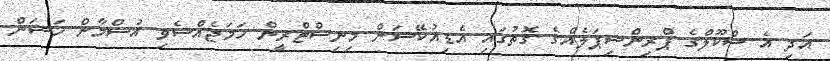
އަދި އެ ސްކޫލްގެ ޕްރިންސިޕަލެއްގެ ގޮތުގައި އެޑިއުކޭޝަން މިނިސްޓްރީން ހަމަޖެއްސެވި އުސްމާން ހަސަން